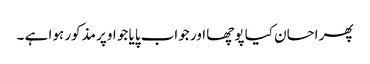
پھر احسان کیا پوچھا اور جواب پایا جو اوپر مذکور ہوا ہے ۔